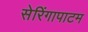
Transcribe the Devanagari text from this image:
सेरिंगापाटम